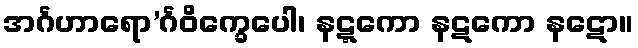
အင်္ဂဟာရော’င်္ဂဝိက္ခေပေါ၊ နဋ္ဋကော နဋကော နဋော။